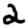
Digit: 2